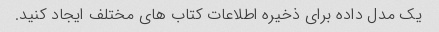
یک مدل داده برای ذخیره اطلاعات کتاب های مختلف ایجاد کنید.